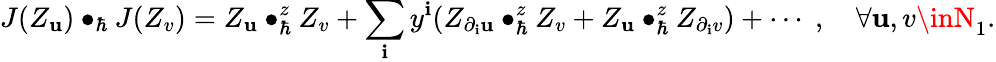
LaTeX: J(Z_{\mathbf{u}})\bullet_{\hbar}J(Z_{v})=Z_{\mathbf{u}}\bullet_{\hbar}^{z}Z_{v}+\sum_{\mathbf{i}}y^{\mathbf{i}}(Z_{\partial_{\mathbf{i}}\mathbf{u}}\bullet_{\hbar}^{z}Z_{v}+Z_{\mathbf{u}}\bullet_{\hbar}^{z}Z_{\partial_{\mathbf{i}}v})+\cdots\; ,\quad\forall\mathbf{u},v\inN_{1}.